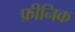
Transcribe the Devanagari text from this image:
फ़ीनिक